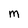
Character: M